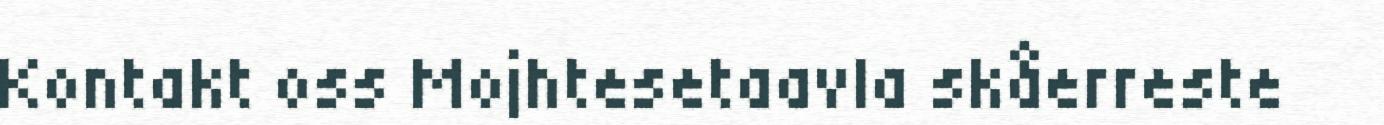
Kontakt oss Mojhtesetaavla skåerreste